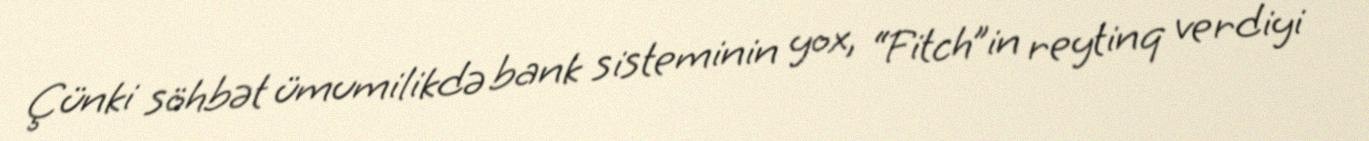
Çünki söhbət ümumilikdə bank sisteminin yox, “Fitch”in reytinq verdiyi